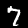
Label: 7